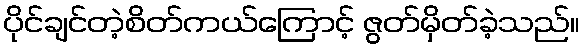
ပိုင်ချင်တဲ့စိတ်ကယ်ကြောင့် ဇွတ်မှိတ်ခဲ့သည်။